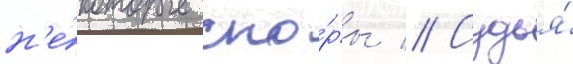
н'е́которые спо́ры // Судья́